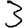
Digit: 3